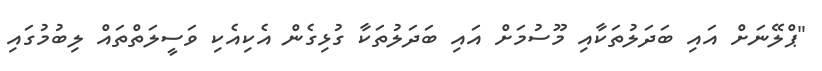
"ޕްލޭނަށް އައި ބަދަލުތަކާއި މޫސުމަށް އައި ބަދަލުތަކާ ގުޅިގެން އެކިއެކި ވަސީލަތްތައް ލިބުމުގައި